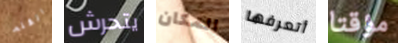
القلم يتحرش المكان أتعرفها مؤقتا